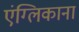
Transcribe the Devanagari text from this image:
एंग्लिकाना